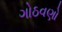
ગોઠવણો